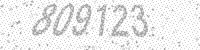
Solution: 809123